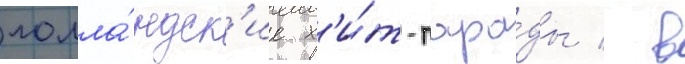
голла́ндск'ие х'и́т-пара́ды / в